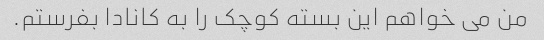
من می خواهم این بسته کوچک را به کانادا بفرستم.